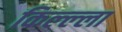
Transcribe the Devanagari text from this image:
किल्ल्‍ला